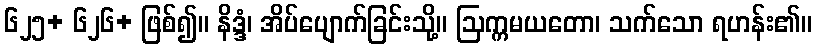
၆၂၅+ ၆၂၆+ ဖြစ်၍။ နိဒ္ဒံ၊ အိပ်ပျောက်ခြင်းသို့။ ဩက္ကမယတော၊ သက်သော ရဟန်း၏။